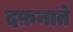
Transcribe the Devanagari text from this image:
दफ़नाते